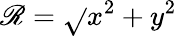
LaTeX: \mathscr{R}=\sqrt{}{{x^{2}+y^{2}}}